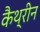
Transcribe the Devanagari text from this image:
कैथ्रीन